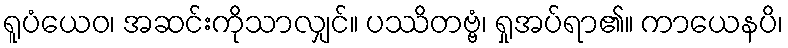
ရူပံယေဝ၊ အဆင်းကိုသာလျှင်။ ပဿိတဗ္ဗံ၊ ရှုအပ်ရာ၏။ ကာယေနပိ၊